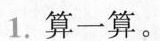
1.算一算。